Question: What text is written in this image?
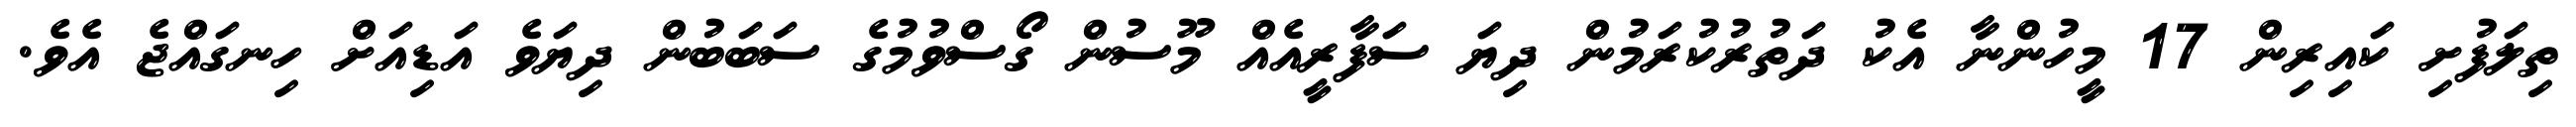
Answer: ތިލަފުށި ކައިރިން 17 މީހުންނާ އެކު ދަތުރުކުރަމުން ދިޔަ ސަފާރީއެއް މޫސުން ގޯސްވުމުގެ ސަބަބުން ދިޔަވެ އަޑިއަށް ހިނގައްޖެ އެވެ.